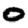
Digit: 0